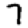
Digit: 7